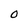
Character: O